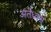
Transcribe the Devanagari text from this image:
अंर्तध्वंस